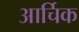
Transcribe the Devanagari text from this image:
आर्चिक